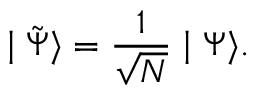
\mid \tilde { \Psi } \rangle = \frac 1 { \sqrt { N } } \mid \Psi \rangle .